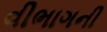
વીભાગની